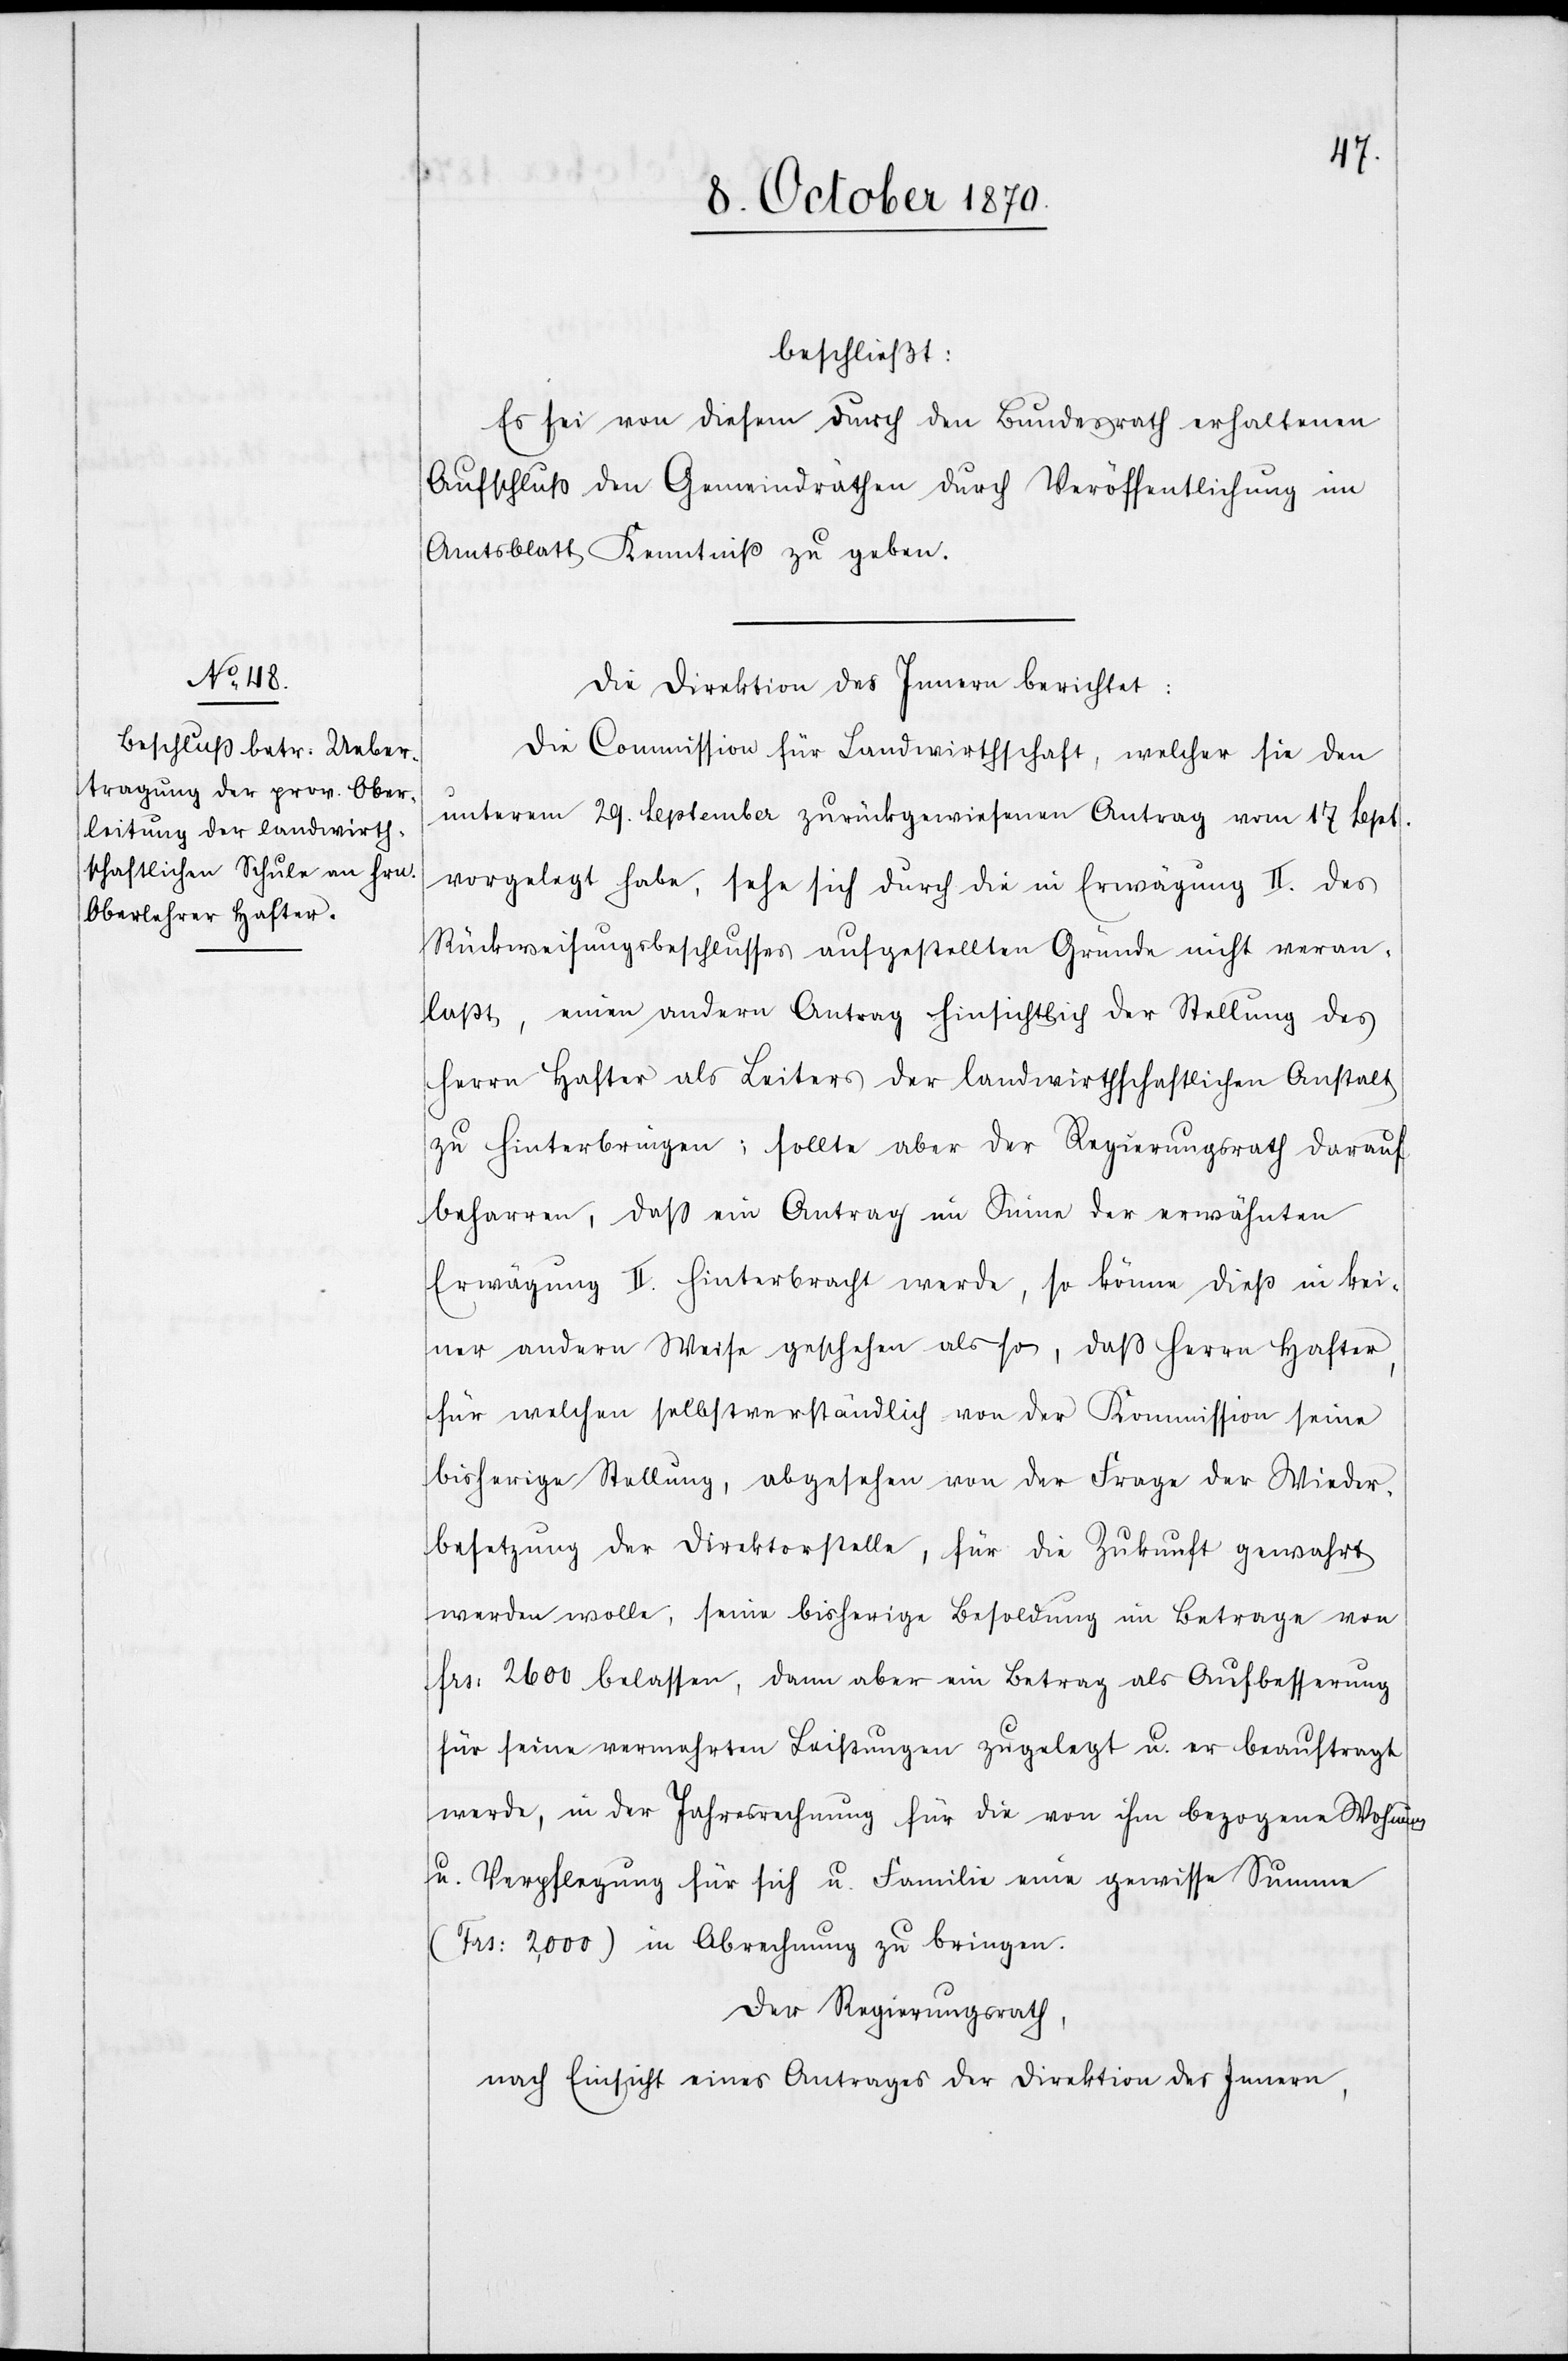
beschließt:
Es sei von diesem durch den Bundesrath erhaltenen
Aufschluß den Gemeindräthen durch Veröffentlichung im
Amtsblatt Kenntniß zu geben.
Die Direktion des Innern berichtet:
Die Commission für Landwirthschaft, welcher sie den
unterm 29. September zurückgewiesenen Antrag vom 17 Sept.
vorgelegt habe, sehe sich durch die in Erwägung II. des
Rückweisungsbeschlusses aufgestellten Gründe nicht veran¬
laßt, einen andern Antrag hinsichtlich der Stellung des
Herrn Hafter als Leiter der landwirthschaftlichen Anstalt
zu hinterbringen: sollte aber der Regierungsrath darauf
beharren, daß ein Antrag im Sinne der erwähnten
Erwägung II. hinterbracht werde, so könne dieß in kei¬
ner andern Weise geschehen als so, daß Herrn Hafter,
für welchen selbstverständlich von der Kommission seine
bisherige Stellung, abgesehen von der Frage der Wieder¬
besetzung der Direktorstelle, für die Zukunft gewahrt
werden wolle, seine bisherige Besoldung im Betrage von
Fr: 2600 belassen, dann aber ein Betrag als Aufbesserung
für seine vermehrten Leistungen zugelegt u. er beauftragt
werde, in der Jahresrechnung für die von ihm bezogene Wohnung
u. Verpflegung für sich u. Familie eine gewisse Summe
(Fr: 2,000) in Abrechnung zu bringen.
Der Regierungsrath,
nach Einsicht eines Antrages der Direktion des Innern,